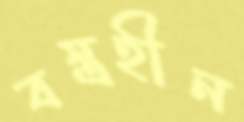
বস্ত্রহীন